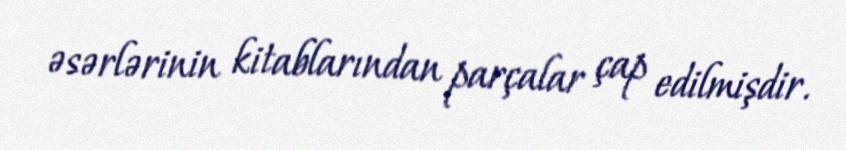
əsərlərinin kitablarından parçalar çap edilmişdir.